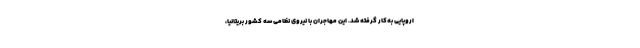
اروپایی به‌کار گرفته شد. این مهاجران با نیروی نظامی سه کشور بریتانیا،